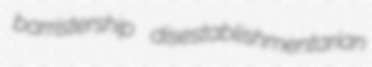
barristership disestablishmentarian